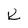
Character: K